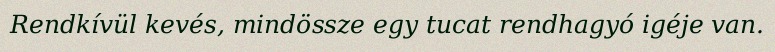
Rendkívül kevés, mindössze egy tucat rendhagyó igéje van.